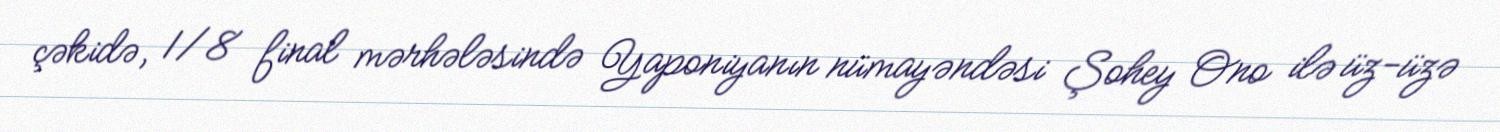
çəkidə, 1/8 final mərhələsində Yaponiyanın nümayəndəsi Şohey Ono ilə üz-üzə